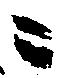
ニ